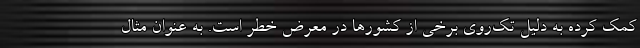
کمک کرده به دلیل تک‌روی برخی از کشورها در معرض خطر است. به عنوان مثال